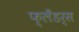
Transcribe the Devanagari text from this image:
फ्लँडर्स